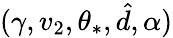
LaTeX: (\gamma,v_{2},\theta_{*},\hat{d},\alpha)